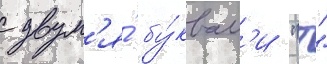
с двум'я́ бу́квам'и "т"